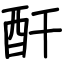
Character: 酐